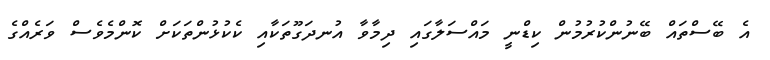
އެ ބޭސްތައް ބޭނުންކުރުމުން ކިޑްނީ މައްސަލާގައި ދިމާވާ އުނދަގޫތަކާއި ކެކުޅުންތަކަށް ކޮންމެވެސް ވަރެއްގެ